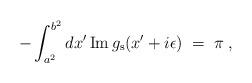
LaTeX: \begin{align*}-\int_{a^2}^{b^2}dx' \,{\rm Im}\,g_{\rm s}(x'+i\epsilon)\;=\;\pi\;,\end{align*}